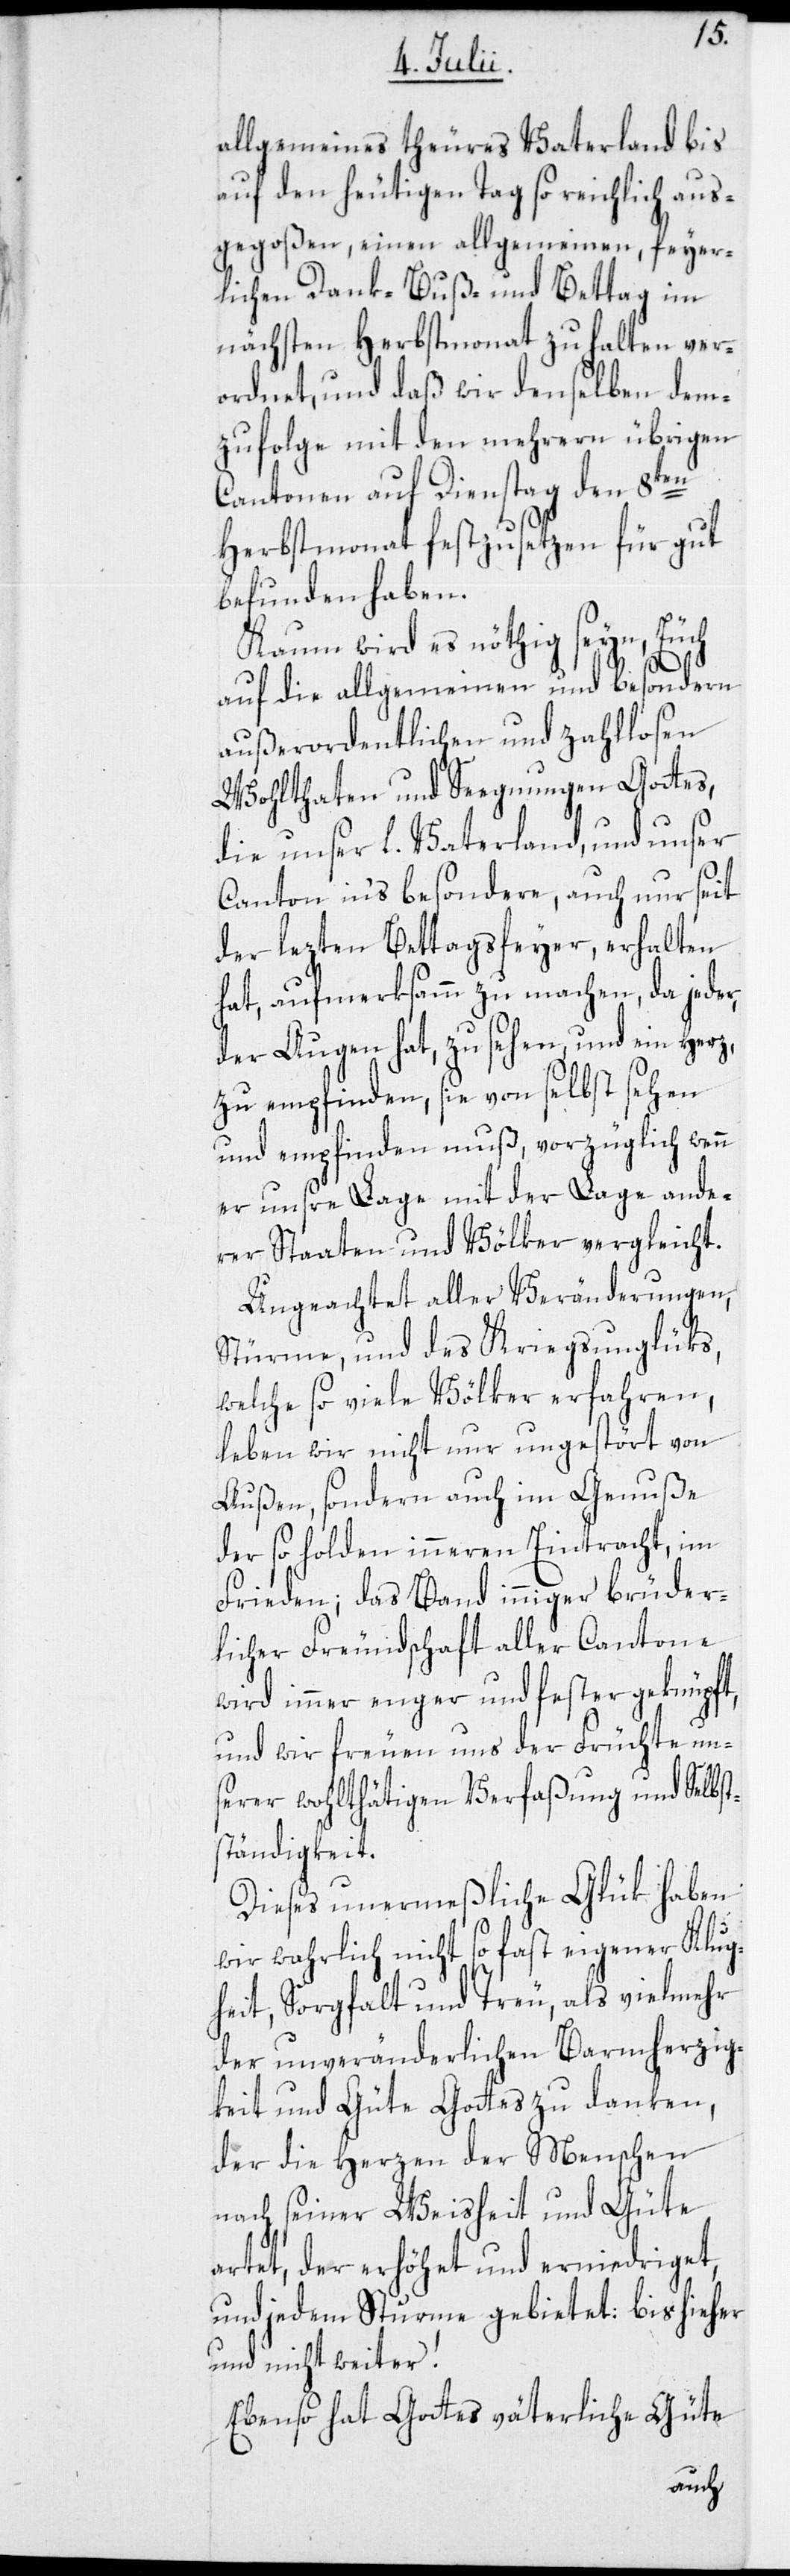
allgemeines theures Vaterland bis
auf den heutigen Tag so reichlich aus¬
gegoßen, einen allgemeinen, feyer¬
lichen Dank-[,] Buß- und Bettag im
nächsten Herbstmonat zu halten ver¬
ordnet, und daß wir denselben dem¬
zufolge mit den mehrern übrigen
Cantonen auf Dienstag den 8ten
Herbstmonat festzusetzen für gut
befunden haben.
Kaum wird es nöthig seyn, Euch
auf die allgemeinen und besondern
außerordentlichen und zahllosen
Wohlthaten und Seegnungen Gottes,
die unser l. Vaterland, und unser
Canton in’s besondere, auch nur seit
der lezten Bettagsfeyer, erhalten
hat, aufmerksamm zu machen, da jeder,
der Augen hat, zu sehen, und ein Herz,
zu empfinden, sie von selbst sehen
und empfinden muß, vorzüglich wenn
er unsre Lage mit der Lage ande¬
rer Staaten und Völker vergleicht.
Ungeachtet aller Veränderungen,
Stürme, und des Kriegsunglüks,
welche so viele Völker erfahren,
leben wir nicht nur ungestört von
Außen, sondern auch im Genuße
der so holden inneren Eintracht, im
Frieden; das Band inniger brüder¬
licher Freundschaft aller Cantone
wird immer enger und fester geknüpft,
und wir freuen uns der Früchte uns¬
erer wohlthätigen Verfaßung und Selbst¬
ständigkeit.
Dieses unermeßliche Glük haben
wir wahrlich nicht so fast eigener Klug¬
heit, Sorgfalt und Treu, als vielmehr
der unveränderlichen Barmherzig¬
keit und Güte Gottes zu danken,
der die Herzen der Menschen
nach seiner Weisheit und Güte
artet, der erhöhet und erniedriget,
und jedem Sturme gebietet: bis hieher
und nicht weiter!
Ebenso hat Gottes väterliche Güte